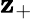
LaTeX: \mathbf{z}_{+}